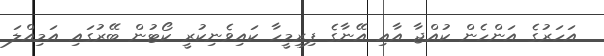
އަހަރުގެ އަންހެން ކުއްޖާ އާއި އޭނާގެ ފިރިމީހާ ކައިވެނިކުރީ ކޯޓުން ބޭރުގައި އަމިއްލަ